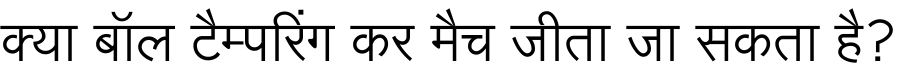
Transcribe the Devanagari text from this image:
क्या बॉल टैम्परिंग कर मैच जीता जा सकता है?